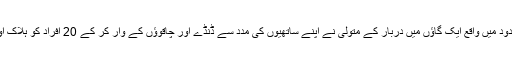
گزشتہ دنوں سرگودھا کی حدود میں واقع ایک گاؤں میں دربار کے متولی نے اپنے ساتھیوں کی مدد سے ڈنڈے اور چاقوؤں کے وار کر کے 20 افراد کو ہلاک اور درجنوں کو زخمی کردیا۔